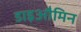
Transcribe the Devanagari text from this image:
डाइऔमिन